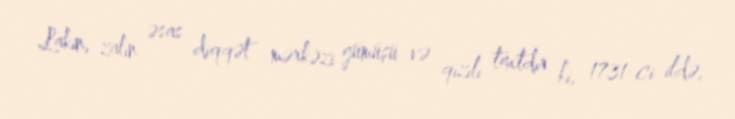
Lakin, zalın əsas diqqət mərkəzi gümüşü və qızılı taxtdır ki, 1731-ci ildə,